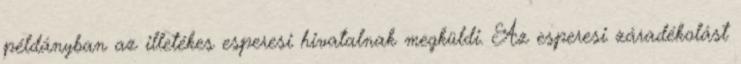
példányban az illetékes esperesi hivatalnak megküldi. Az esperesi záradékolást